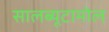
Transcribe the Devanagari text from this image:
सालब्यूटामोल